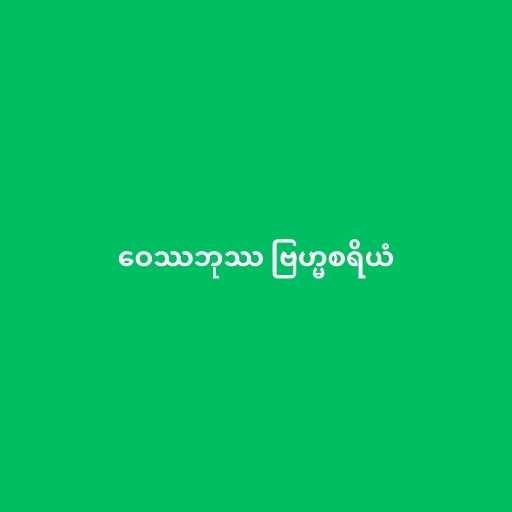
ဝေဿဘုဿ ဗြဟ္မစရိယံ